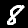
Label: 8